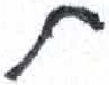
אות: ת